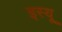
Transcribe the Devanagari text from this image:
इस्यू